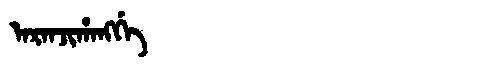
Manchu: ᠠᡵᠠᠨᠵᡳᡥᠠᠩᡤᡝ
Romanization: ARANJIHANGGE